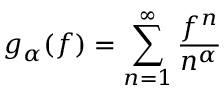
g _ { \alpha } ( f ) = \sum _ { n = 1 } ^ { \infty } { \frac { f ^ { n } } { n ^ { \alpha } } }